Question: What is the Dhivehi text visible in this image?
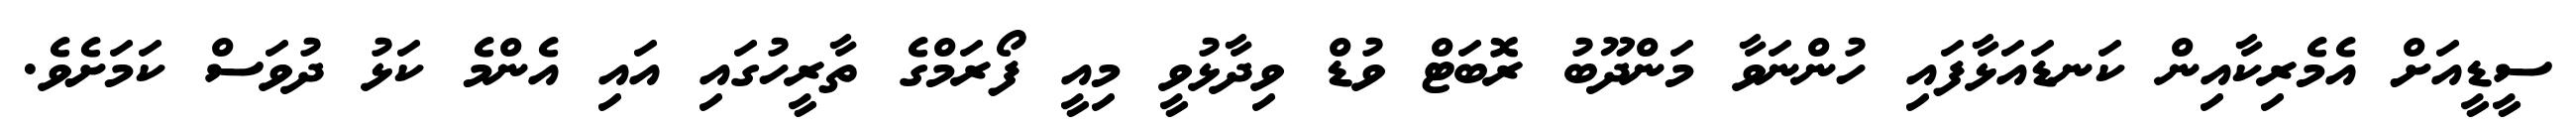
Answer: ސީޑީއަށް އެމެރިކާއިން ކަނޑައަޅާފައި ހުންނަވާ މަންދޫބު ރޮބަޓް ވުޑް ވިދާޅުވީ މިއީ ފޯރަމްގެ ތާރީހުގައި އައި އެންމެ ކަޅު ދުވަސް ކަމަށެވެ.